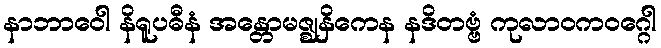
နာဘာဝေါ နိရူပဓီနံ အန္တောမဇ္ဈနှိကေန နဒိတဗ္ဗံ ကုလာဝကဝဂ္ဂေါ